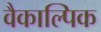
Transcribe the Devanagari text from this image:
वैकाल्पिक